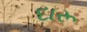
દારૂ